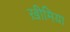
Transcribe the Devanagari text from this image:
ख़ीमिया